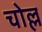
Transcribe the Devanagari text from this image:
चोल्ल